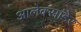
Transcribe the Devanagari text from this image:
आलेक्सांडेर